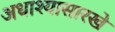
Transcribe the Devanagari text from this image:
अधाश्यासारखे